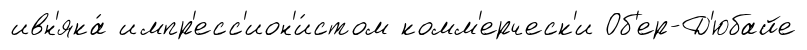
ивн'яка́ импр'есс'ион'и́стом комм'ерческ'и Об'ер-Д'юбайе